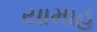
યામાહ